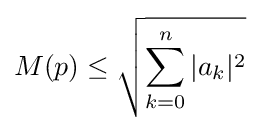
M(p)\leq {\sqrt {\sum _{k=0}^{n}|a_{k}|^{2}}}